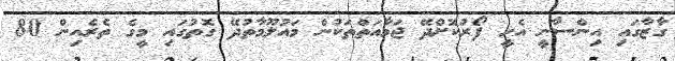
ގާޒާގައި އިންސާނީ އެހީ ފޯރުކޮށްދޭ ޖަމާއަތްތަކުން މައުލޫމާތުދޭ ގޮތުގައި މީގެ ތެރެއިން 80